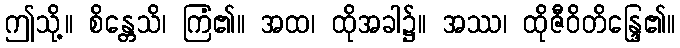
ဤသို့။ စိန္တေသိ၊ ကြံ၏။ အထ၊ ထိုအခါ၌။ အဿ၊ ထိုဇီဝိတိန္ဒြေ၏။